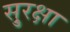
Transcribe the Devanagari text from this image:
सु्रक्षा